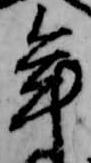
年